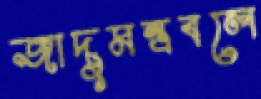
জাদুমন্ত্রবলে